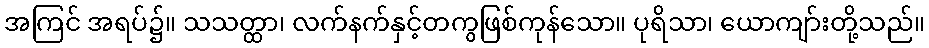
အကြင် အရပ်၌။ သသတ္ထာ၊ လက်နက်နှင့်တကွဖြစ်ကုန်သော။ ပုရိသာ၊ ယောကျာ်းတို့သည်။